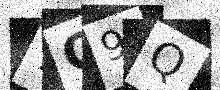
Text: 7G9Q